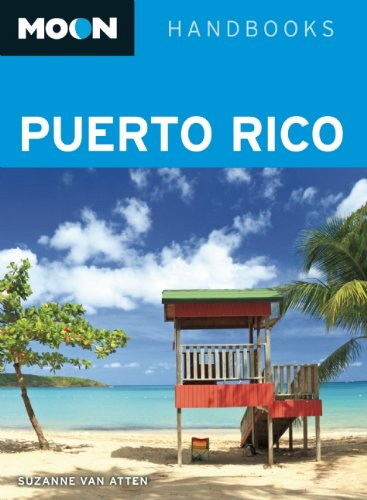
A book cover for Moon Puerto Rico (Moon Handbooks); Suzanne Van Atten; Travel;